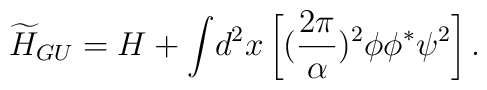
{\widetilde H}_{GU} = H + {\displaystyle \int} d^2x \left [ (\frac{2\pi}{\alpha})^2 \phi\phi^* \psi^2 \right ].